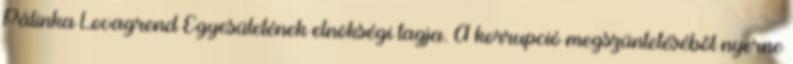
Pálinka Lovagrend Egyesületének elnökségi tagja. A korrupció megszüntetéséből nyerne